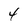
Character: 4